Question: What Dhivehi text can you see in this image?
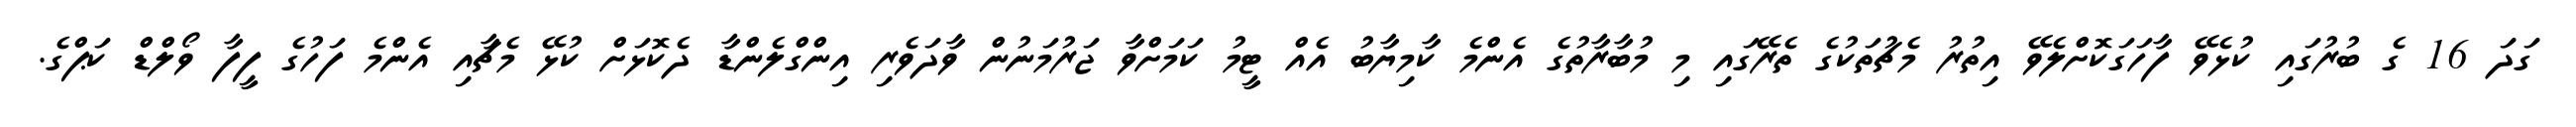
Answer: ގަދަ 16 ގެ ބުރުގައި ކުޅެވޭ ފާހަގަކޮށްލެވޭ އިތުރު މެޗުތަކުގެ ތެރޭގައި މި މުބާރާތުގެ އެންމެ ކާމިޔާބު އެއް ޓީމު ކަމަށްވާ ޖަރުމަނުން ވާދަވެރި އިންގްލެންޑާ ދެކޮޅަށް ކުޅޭ މެޗާއި އެންމެ ފަހުގެ ފީފާ ވޯލްޑް ކަޕްގެ.